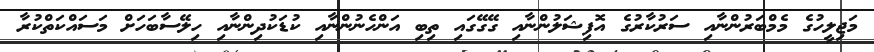
މަޖިލީހުގެ މެމްބަރުންނާއި ސަރުކާރުގެ އޮފިޝަލުންނާއި ގޭގޭގައި ތިބި އަންހެނުންނާއި ކުޑަކުދިންނާއި ހިލޭސާބަހަށް މަސައްކަތްކުރާ